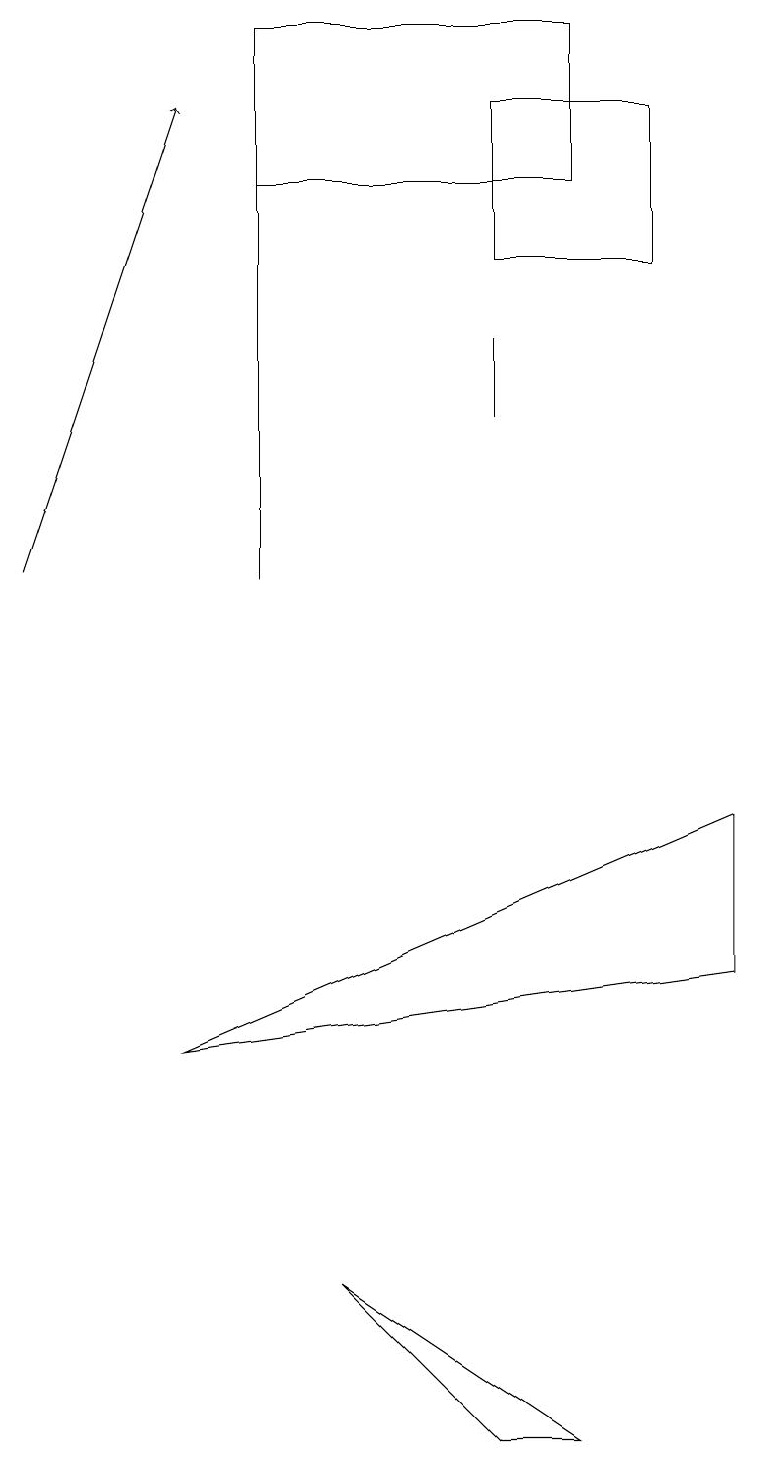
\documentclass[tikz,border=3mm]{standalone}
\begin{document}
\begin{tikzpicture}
\draw[->] (0,11) -- (2,17);
\draw (6,14) rectangle (6,13);
\draw (2,5) -- (9,8) -- (9,6) -- cycle;
\draw (8,17) rectangle (6,15);
\draw (3,16) rectangle (7,18);
\draw (7,0) -- (4,2) -- (6,0) -- cycle;
\draw (3,17) rectangle (3,11);
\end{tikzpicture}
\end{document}